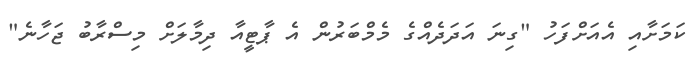
ކަމަށާއި އެއަށްފަހު "ގިނަ އަދަދެއްގެ މެމްބަރުން އެ ޕާޓީއާ ދިމާލަށް މިސްރާބު ޖަހާނެ"